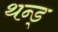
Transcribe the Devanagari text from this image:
थन्ड्